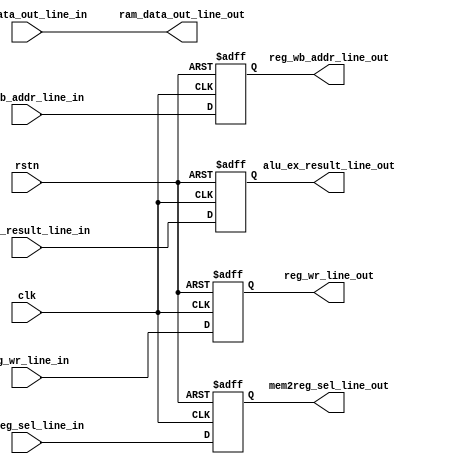
module mem_wb(
    //clk & rst
    input               clk                         ,
    input               rstn                        ,
    //data input
    //Control signals
    input               reg_wr_line_in              ,
    input               mem2reg_sel_line_in         ,
    //data ram 
    input       [31:0]  ram_data_out_line_in        ,
    //alu_ex
    input       [31:0]  alu_ex_result_line_in       ,
    //reg write bank addr
    input       [4:0]   reg_wb_addr_line_in         ,

    //Control signals
    output  reg         reg_wr_line_out             ,
    output  reg         mem2reg_sel_line_out        ,
    //data ram 
    output  reg [31:0]  ram_data_out_line_out       ,
    //alu_ex
    output  reg [31:0]  alu_ex_result_line_out      ,
    //reg write bank addr
    output  reg [4:0]   reg_wb_addr_line_out        
);

//=================================================================================
// Parameter declaration
//=================================================================================





//=================================================================================
// Signal declaration
//=================================================================================




//=================================================================================
// Body
//=================================================================================


always @(posedge clk or negedge rstn) begin
    if(!rstn) begin
        reg_wr_line_out     <= 1'd0;
        mem2reg_sel_line_out<= 1'd0;
    end
    else begin
        reg_wr_line_out     <= reg_wr_line_in     ;
        mem2reg_sel_line_out<= mem2reg_sel_line_in;
    end
end

always @(*) begin
        ram_data_out_line_out <= ram_data_out_line_in;
end

always @(posedge clk or negedge rstn) begin
    if(!rstn)
        alu_ex_result_line_out <= 31'd0;
    else
        alu_ex_result_line_out <= alu_ex_result_line_in;
end

always @(posedge clk or negedge rstn) begin
    if(!rstn)
        reg_wb_addr_line_out <= 5'd0;
    else
        reg_wb_addr_line_out <= reg_wb_addr_line_in;
end


endmodule